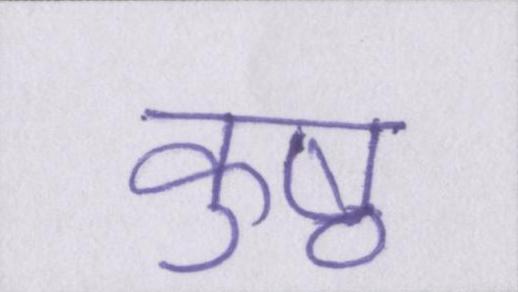
कुष्ठ